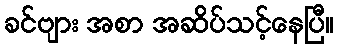
ခင်ဗျား အစာ အဆိပ်သင့်နေပြီ။